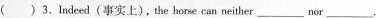
( )3.Indeed(事实上),the horse can neither_____ nor_____.